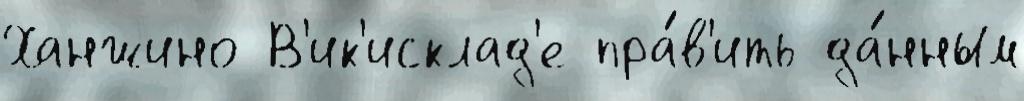
Ханжино В'ик'исклад'е пра́в'ить да́нным